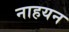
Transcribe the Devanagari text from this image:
नाहयन